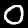
Digit: 0